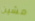
مشين